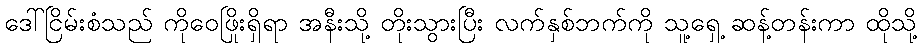
ဒေါ်ငြိမ်းစံသည် ကိုဝေဖြိုးရှိရာ အနီးသို့ တိုးသွားပြီး လက်နှစ်ဘက်ကို သူ့ရှေ့ ဆန့်တန်းကာ ထိုသို့